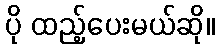
ပို ထည့်ပေးမယ်ဆို။